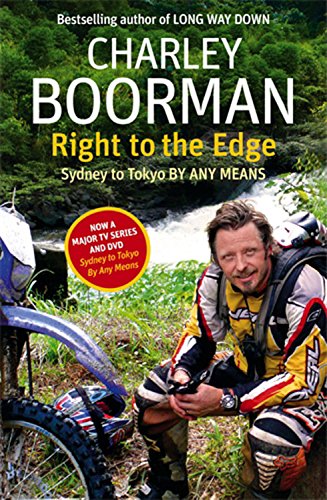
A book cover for Right to the Edge: Sydney to Toyko by Any Means; Charley Boorman; Travel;